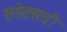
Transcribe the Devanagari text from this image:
ससेक्सची